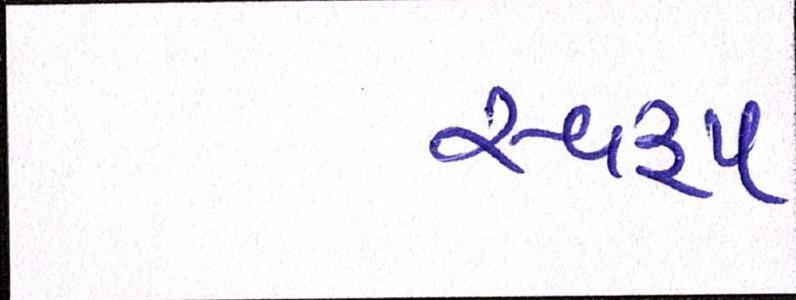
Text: સ્વરૃપ